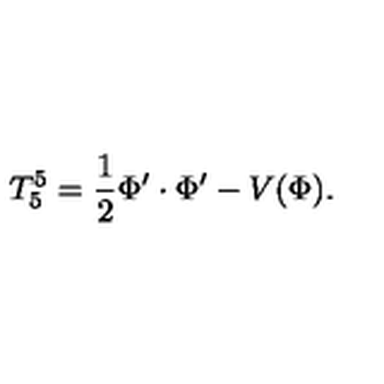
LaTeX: T _ { 5 } ^ { 5 } = { \frac { 1 } { 2 } } \Phi ^ { \prime } \cdot \Phi ^ { \prime } - V ( \Phi ) .